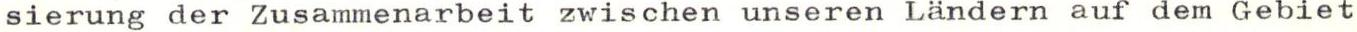
sierung der Zusammenarbeit zwischen unseren Ländern auf dem Gebiet